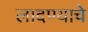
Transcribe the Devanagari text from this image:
लादण्याचे